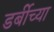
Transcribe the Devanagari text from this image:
डर्बीच्या